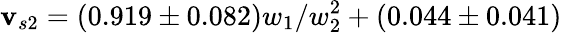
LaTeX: \mathbf{v}_{s2}=(0.919\pm0.082)w_{1}/w_{2}^{2}+(0.044\pm0.041)